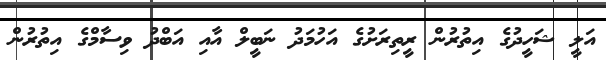
އަލީ ޝަހީދުގެ އިތުރުން ރީތިރަށުގެ އަހުމަދު ނަބީލް އާއި އަބްދު ވިސާމްގެ އިތުރުން